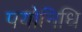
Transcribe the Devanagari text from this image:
पयोनिधि